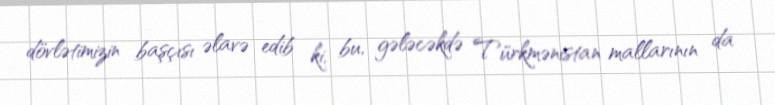
dövlətimizin başçısı əlavə edib ki, bu, gələcəkdə Türkmənistan mallarının da